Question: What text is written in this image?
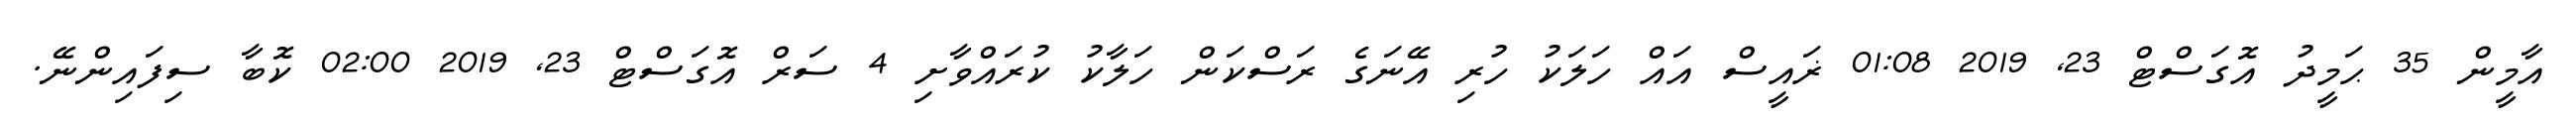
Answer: އާމީން 35 ޙަމީދު އޮގަސްޓް 23, 2019 01:08 ޜައީސް އައް ހަލަކު ހުރި އޭނަގެ ރަސްކަން ހަލާކު ކުރައްވާށި 4 ސަރް އޮގަސްޓް 23, 2019 02:00 ކޮބާ ސިފައިންނޭ.